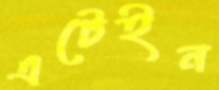
এটেইন